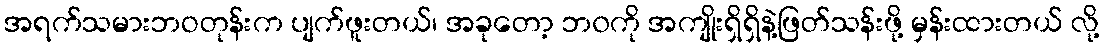
အရက်သမားဘဝတုန်းက ပျက်ဖူးတယ်၊ အခုတော့ ဘ၀ကို အကျိုးရှိရှိနဲ့ဖြတ်သန်းဖို့ မှန်းထားတယ် လို့